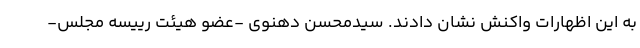
به این اظهارات واکنش نشان دادند. سیدمحسن دهنوی -عضو هیئت رییسه مجلس-